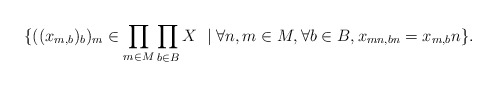
\begin{align*} \{ ((x_{m,b})_{b})_{m}\in \prod_{m\in M}\prod_{b\in B}X~\mid\forall n,m\in M, \forall b\in B, x_{mn, bn} = x_{m,b}n \}.\end{align*}